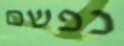
נפשם